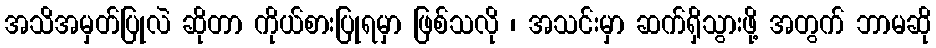
အသိအမှတ်ပြုလဲ ဆိုတာ ကိုယ်စားပြုရမှာ ဖြစ်သလို ၊ အသင်းမှာ ဆက်ရှိသွားဖို့ အတွက် ဘာမဆို